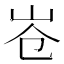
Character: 𮱤